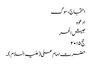
احتجاج، سوگ
ادعوہ
جیش الحر
حج ۲۰۱۵
حضرت امام علی (علیہ السلام)۔